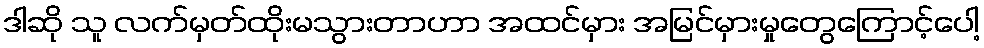
ဒါဆို သူ လက်မှတ်ထိုးမသွားတာဟာ အထင်မှား အမြင်မှားမှုတွေကြောင့်ပေါ့